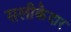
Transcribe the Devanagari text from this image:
सलीकेदार